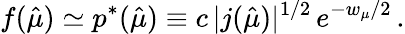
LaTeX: f(\hat{\mu})\simeq p^{\ast}(\hat{\mu})\equiv c\, |j(\hat{\mu})|^{1/2}\, e^{-w_{\mu}/2}\, .